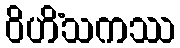
ဝိဟိံသကဿ